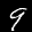
Label: 9